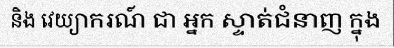
និង វេយ្យាករណ៍ ជា អ្នក ស្ទាត់ជំនាញ ក្នុង